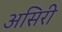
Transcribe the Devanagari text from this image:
असिरी